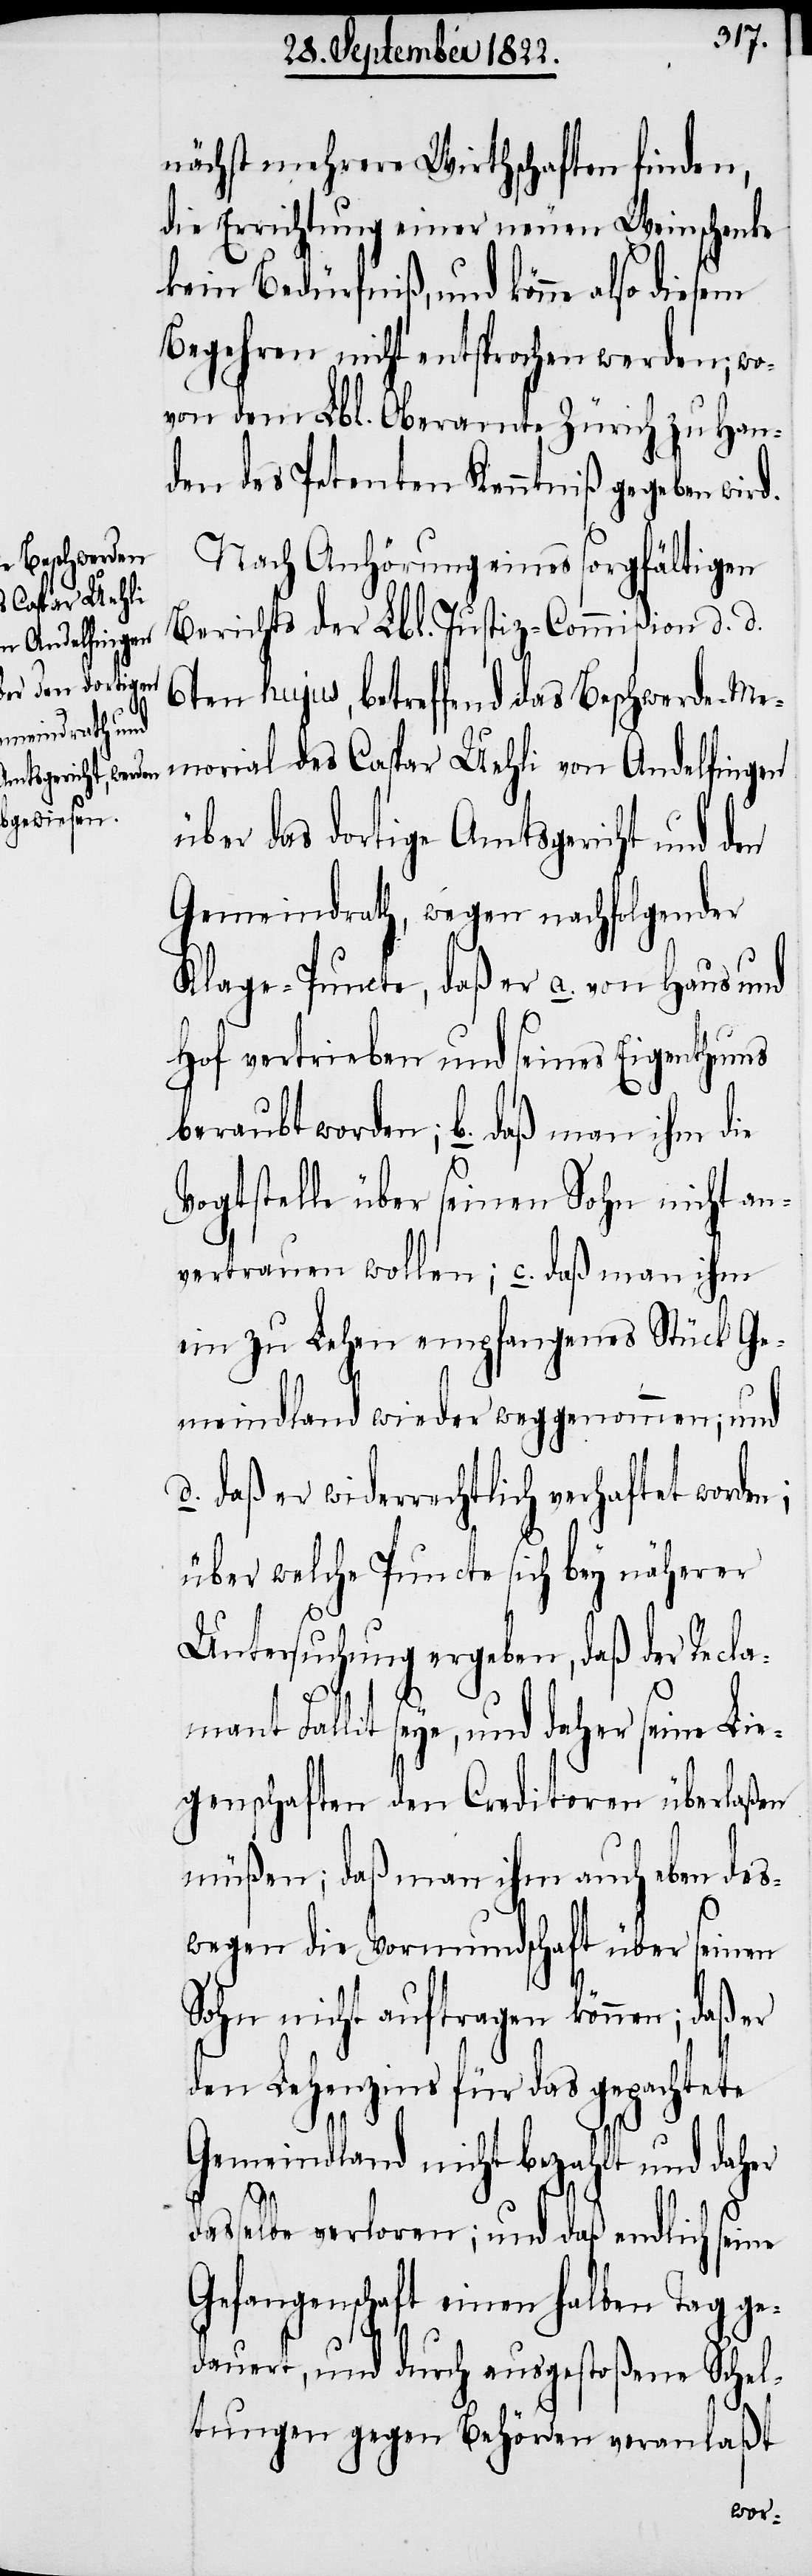
nächst mehrere Wirthschaften finden,
die Errichtung einer neuen Weinschenke
kein Bedürfniß, und könne also diesem
Begehren nicht entsprochen werden; wo¬
von dem Lbl. Oberamte Zürich zu Han¬
den des Petenten Kenntniß gegeben wird.
Nach Anhörung eines sorgfältigen
Berichts der Lbl. Justiz-Commißion d. d.
6ten hujus, betreffend das Beschwerde-Me¬
morial des Caspar Uehli von Andelfingen
über das dortige Amtsgericht und den
Gemeindrath, wegen nachfolgender
Klage-Puncte, daß er a. von Haus und
Hof vertrieben und seines Eigenthums
beraubt worden; b. daß man ihm die
Vogtstelle über seinen Sohn nicht an¬
vertrauen wollen; c. daß man ihm
ein zu Lehen empfangenes Stück Ge¬
meindland wieder weggenommen; und
d. daß er widerrechtlich verhaftet worden;
über welche Puncte sich bey näherer
Untersuchung ergeben, daß der Recla¬
mant Fallit seye, und daher seine Lie¬
genschaften den Creditoren überlaßen
müßen; daß man ihm auch eben des¬
wegen die Vormundschaft über seinen
Sohn nicht auftragen können; daß er
den Lehenszins für das gepachtete
Gemeindland nicht bezahlt und daher
dasselbe verloren; und daß endlich seine
Gefangenschaft einen halben Tag ge¬
dauert, und durch ausgestoßene Schel¬
tungen gegen Behörden veranlaßt